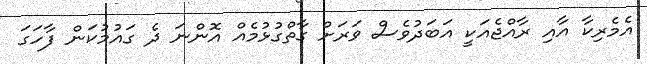
އެމެރިކާ އާއި ރާއްޖެއަކީ އަބަދުވެސް ވަރަށް ގާތްގުޅުމެއް އޮންނަ ދެ ގައުމުކަން ފާހަގަ